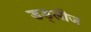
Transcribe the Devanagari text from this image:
डड्लीज